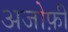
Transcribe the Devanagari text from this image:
अजोफ़ी